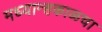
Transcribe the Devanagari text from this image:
मध्यान्हकाळचा